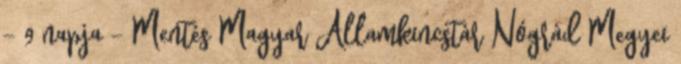
- 9 napja - Mentés Magyar Államkincstár Nógrád Megyei